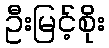
ဦးမြင့်စိုး